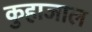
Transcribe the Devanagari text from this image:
कुहाजाल